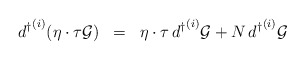
\begin{align*}{d^{\dagger}}^{(i)} ( \eta \cdot \tau {\cal{G}} ) \;\; = \;\; \eta \cdot \tau\, {d^{\dagger}}^{(i)} {\cal{G}} + N\, {d^{\dagger}}^{(i)} {\cal{G}} \end{align*}